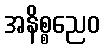
အနိစ္စညေဝ